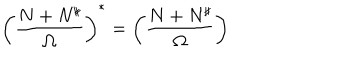
\left( { \frac { N + N ^ { \sharp } } { \Omega } } \right) ^ { * } = \left( { \frac { N + N ^ { \sharp } } { \Omega } } \right)